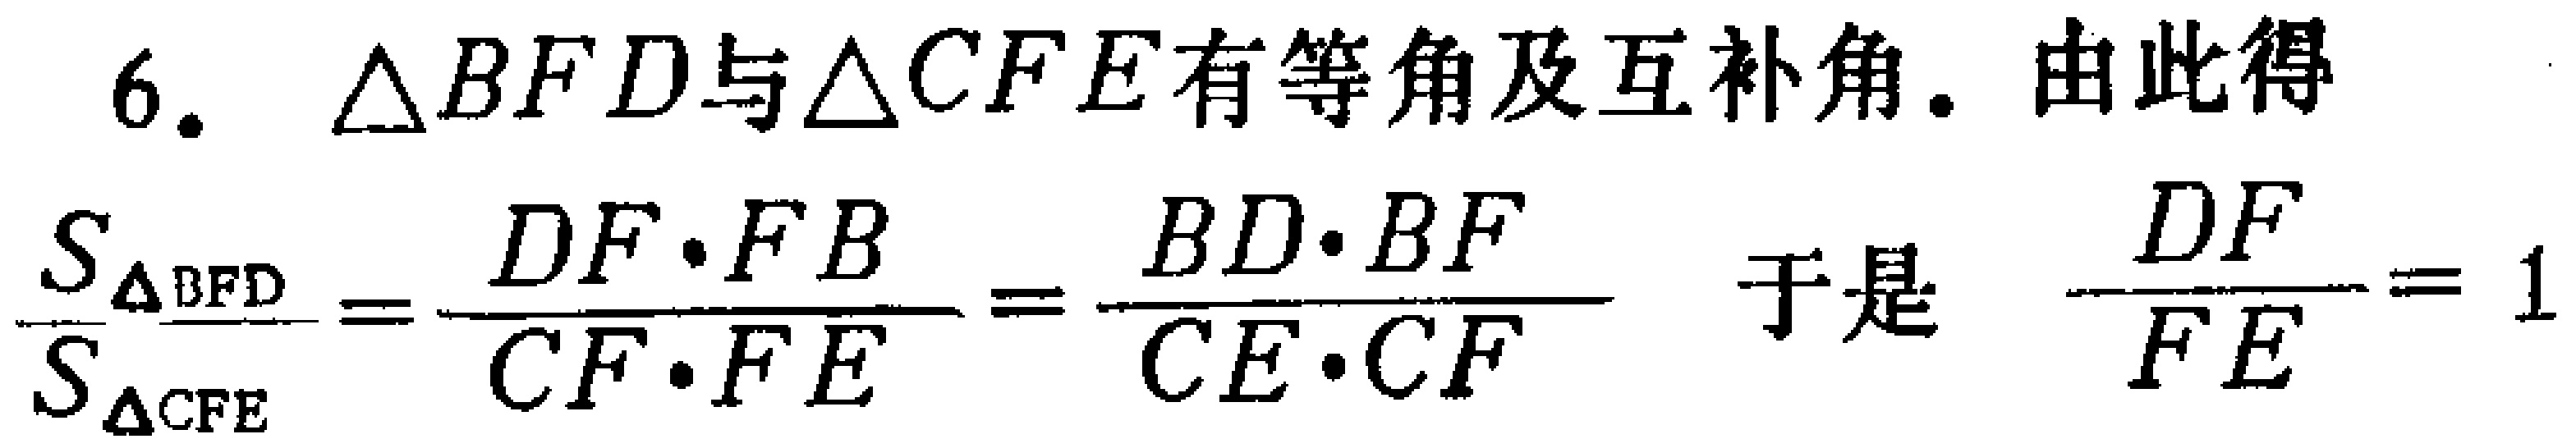
6. $\triangle BFD$与$\triangle CFE$有等角及互补角. 由此得
\[\frac{S_{\triangle BFD}}{S_{\triangle CFE}}=\frac{DF\cdot FB}{CF\cdot FE}=\frac{BD\cdot BF}{CE\cdot CF}\] 于是 \[\frac{DF}{FE}=1\]